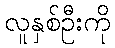
လူနှစ်ဦးကို